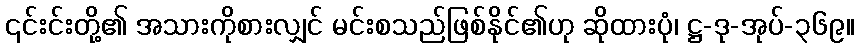
၎င်းင်းတို့၏ အသားကိုစားလျှင် မင်းစသည်ဖြစ်နိုင်၏ဟု ဆိုထားပုံ၊ ဋ္ဌ-ဒု-အုပ်-၃၆၉။